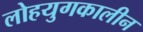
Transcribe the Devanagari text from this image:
लोहयुगकालीन